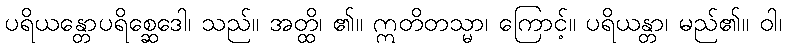
ပရိယန္တောပရိစ္ဆေဒေါ၊ သည်။ အတ္ထိ၊ ၏။ ဣတိတသ္မာ၊ ကြောင့်။ ပရိယန္တာ၊ မည်၏။ ဝါ၊